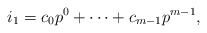
\begin{align*}i_1=c_0p^0+\cdots +c_{m-1}p^{m-1}, \end{align*}